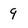
Character: 9